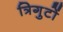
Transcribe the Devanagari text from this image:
त्रिगुटों